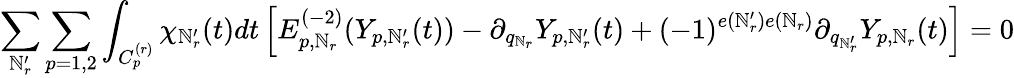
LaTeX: \sum_{\mathbb{N}_{r}^{\prime}}\sum_{p=1,2}\int_{C_{p}^{(r)}}\chi_{\mathbb{N}_{r}^{\prime}}(t)dt\left[E_{p,\mathbb{N}_{r}}^{(-2)}(Y_{p,\mathbb{N}_{r}^{\prime}}(t))-\partial_{q_{\mathbb{N}_{r}}}Y_{p,\mathbb{N}_{r}^{\prime}}(t)+(-1)^{e(\mathbb{N}_{r}^{\prime})e(\mathbb{N}_{r})}\partial_{q_{\mathbb{N}_{r}^{\prime}}}Y_{p,\mathbb{N}_{r}}(t)\right]=0